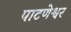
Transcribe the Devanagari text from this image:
पाटणेश्वर